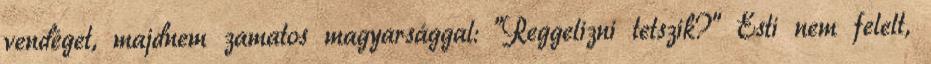
vendéget, majdnem zamatos magyarsággal: "Reggelizni tetszik?" Esti nem felelt,